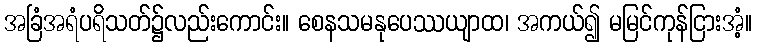
အခြံအရံပရိသတ်၌လည်းကောင်း။ စေနသမနုပေဿယျာထ၊ အကယ်၍ မမြင်ကုန်ငြားအံ့။